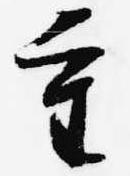
重